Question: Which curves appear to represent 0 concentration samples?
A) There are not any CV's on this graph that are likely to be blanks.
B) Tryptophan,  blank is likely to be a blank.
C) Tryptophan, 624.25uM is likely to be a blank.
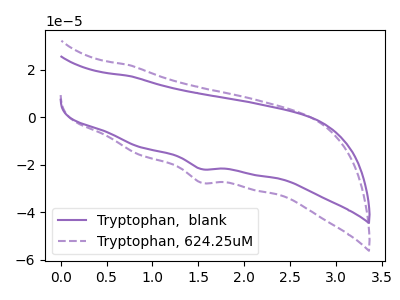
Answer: <think>The purple curve "Tryptophan,  blank" has a cathodic peak at: (1.55V, -21.75uA). The purple dashed curve "Tryptophan, 624.25uM" has a cathodic peak at: (1.55V, -27.50uA).</think>
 <answer>A) There are not any CV's on this graph that are likely to be blanks.</answer>
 <eval>A</eval>